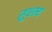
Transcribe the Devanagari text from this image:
सुधन्य